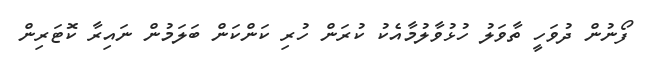
ފޯނުން ދުވަހީ ތާވަލު ހުޅުވާލުމާއެކު ކުރަން ހުރި ކަންކަން ބަލަމުން ނައިރާ ކޮޓަރިން